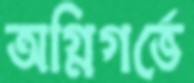
অগ্নিগর্ভে